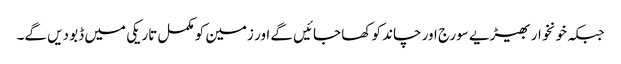
جبکہ خونخوار بھیڑیے سورج اور چاند کو کھا جائیں گے اور زمین کو مکمل تاریکی میں ڈبو دیں گے۔